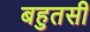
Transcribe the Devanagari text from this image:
बहुतसी